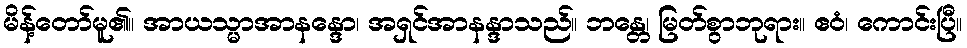
မိန့်တော်မူ၏။ အာယသ္မာအာနန္ဒော၊ အရှင်အာနန္ဒာသည်။ ဘန္တေ၊ မြတ်စွာဘုရား။ ဧဝံ၊ ကောင်းပြီ။